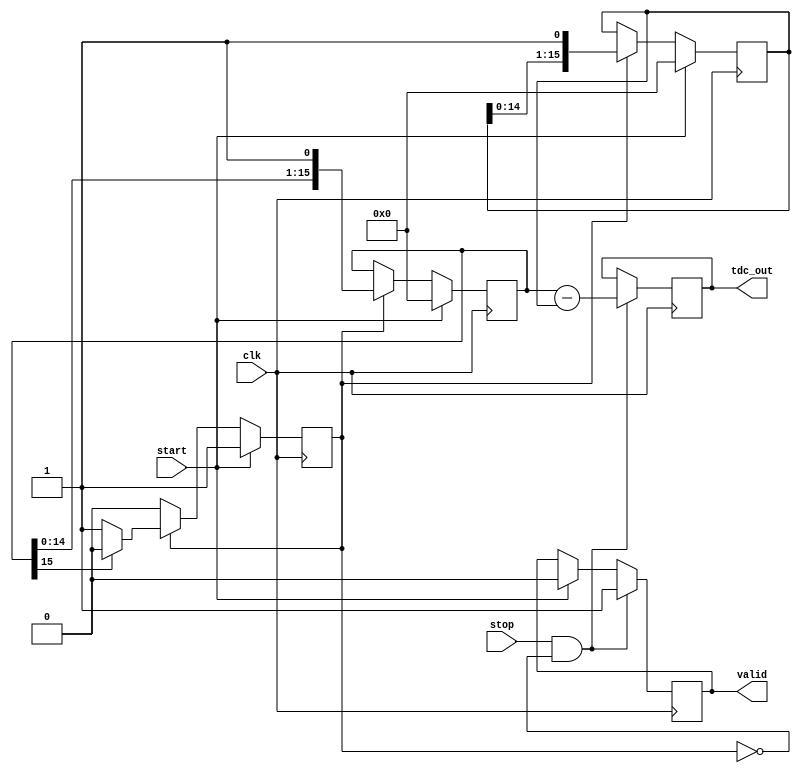
module TDC_Vernier_Delay_Line (
    input wire clk,            // System clock
    input wire start,          // Start signal
    input wire stop,           // Stop signal
    output reg [15:0] tdc_out, // 16-bit TDC output
    output reg valid           // Output valid flag
);

    // Parameters for delay stages
    parameter NUM_STAGES_A = 16; // Number of stages in Delay Line A
    parameter NUM_STAGES_B = 16; // Number of stages in Delay Line B
    parameter DELAY_A = 10;       // Delay in Delay Line A (10 ns per stage)
    parameter DELAY_B = 9;        // Delay in Delay Line B (9 ns per stage)

    // Delay line registers
    reg [NUM_STAGES_A-1:0] delay_line_A;
    reg [NUM_STAGES_B-1:0] delay_line_B;

    // Counter registers
    reg [15:0] counter;          // 16-bit counter
    reg counting;                // Flag to indicate counting state

    // Initialize the design
    initial begin
        tdc_out = 0;
        valid = 0;
        counting = 0;
        counter = 0;
        delay_line_A = 0;
        delay_line_B = 0;
    end

    // Main TDC operation
    always @(posedge clk) begin
        if (start) begin
            // Reset the counter and delay lines
            counter <= 0;
            delay_line_A <= 0;
            delay_line_B <= 0;
            counting <= 1; // Start the counting process
            valid <= 0;    // Reset valid flag
        end else if (counting) begin
            // Count clock cycles while start is active
            counter <= counter + 1;

            // Update delay line outputs based on the number of stages
            delay_line_A <= {delay_line_A[NUM_STAGES_A-2:0], 1'b1}; // Shift in
            delay_line_B <= {delay_line_B[NUM_STAGES_B-2:0], 1'b1}; // Shift in

            // Implement delay logic
            if (delay_line_A[NUM_STAGES_A-1]) begin
                // If Delay Line A is active, stop counting
                counting <= 0;
            end
        end

        if (stop && !counting) begin
            // Stop counting and latch the outputs
            tdc_out <= {counter, delay_line_A[NUM_STAGES_A-1:0]} - {counter, delay_line_B[NUM_STAGES_B-1:0]};
            valid <= 1; // Set valid flag
        end
    end
    
endmodule